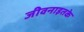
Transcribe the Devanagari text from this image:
जीवनाइतके